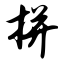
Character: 拼